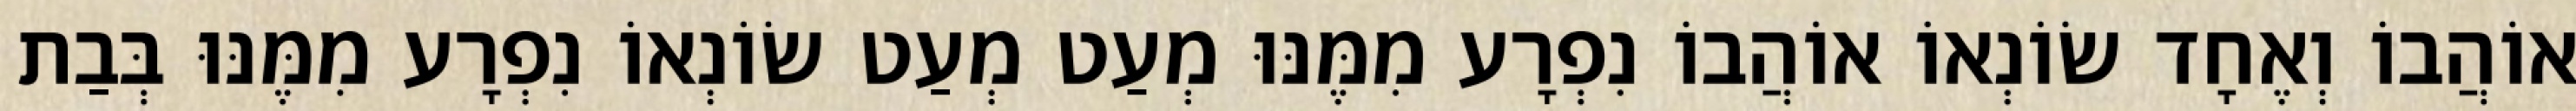
אוֹהֲבוֹ וְאֶחָד שׂוֹנְאוֹ אוֹהֲבוֹ נִפְרָע מִמֶּנּוּ מְעַט מְעַט שׂוֹנְאוֹ נִפְרָע מִמֶּנּוּ בְּבַת